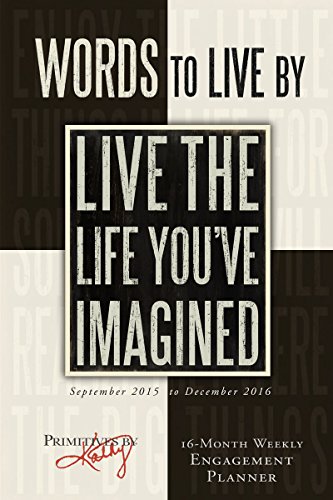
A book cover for Words to Live By 2016 Engagement Calendar; Kathy/Primitives by Kathy Phillips; Calendars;